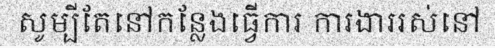
សូម្បីតែនៅកន្លែងធ្វើការ ការងាររស់នៅ